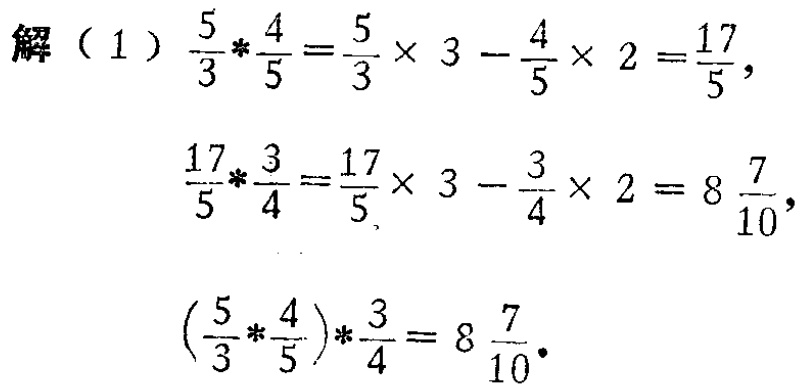
解（1）
\[
\begin{align*}
\frac{5}{3}*\frac{4}{5}&=\frac{5}{3}\times 3 - \frac{4}{5}\times 2=\frac{17}{5},\\
\frac{17}{5}*\frac{3}{4}&=\frac{17}{5}\times 3 - \frac{3}{4}\times 2 = 8\frac{7}{10},\\
(\frac{5}{3}*\frac{4}{5})*\frac{3}{4}&= 8\frac{7}{10}.
\end{align*}
\]